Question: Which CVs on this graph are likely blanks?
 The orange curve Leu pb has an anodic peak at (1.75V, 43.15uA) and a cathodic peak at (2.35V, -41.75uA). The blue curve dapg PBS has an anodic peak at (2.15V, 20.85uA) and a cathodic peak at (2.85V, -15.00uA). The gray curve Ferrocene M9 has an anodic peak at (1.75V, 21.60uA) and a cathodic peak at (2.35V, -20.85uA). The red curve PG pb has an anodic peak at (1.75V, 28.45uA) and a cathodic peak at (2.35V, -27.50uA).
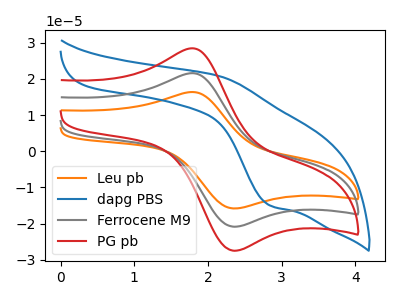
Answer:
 <answer>There are not any CV's on this graph that are likely to be blanks.</answer>
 <eval>none</eval>